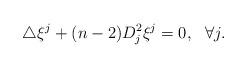
LaTeX: \begin{align*} \triangle\xi^j+(n-2)D_j^2\xi^j=0, \ \ \forall j. \end{align*}